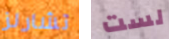
تشارلز لست